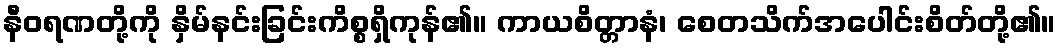
နီဝရဏတို့ကို နှိမ်နင်းခြင်းကိစ္စရှိကုန်၏။ ကာယစိတ္တာနံ၊ စေတသိက်အပေါင်းစိတ်တို့၏။